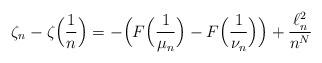
LaTeX: \begin{align*}\zeta_n-\zeta\Big(\frac{1}{n}\Big)= -\Big(F\Big(\frac{1}{\mu_n}\Big) - F\Big(\frac{1}{\nu_n}\Big)\Big) +\frac{\ell^2_n}{n^N}\end{align*}